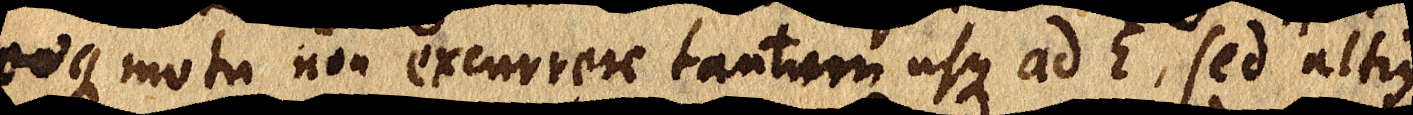
eoque motu non excurrere tantum usque ad E, sed altius